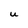
Character: u